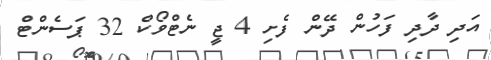
އަދި ދާދި ފަހުން ދޭން ފެށި 4 ޖީ ނެޓްވޯކް 32 ޕަސެންޓް